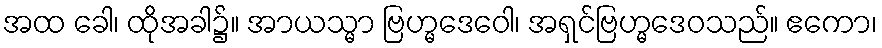
အထ ခေါ၊ ထိုအခါ၌။ အာယသ္မာ ဗြဟ္မဒေဝေါ၊ အရှင်ဗြဟ္မဒေဝသည်။ ဧကော၊